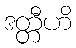
ဒတ္တီဟိ